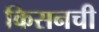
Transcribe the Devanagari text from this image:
किसनची